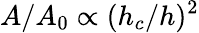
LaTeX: A/A_{0}\propto(h_{c}/h)^{2}